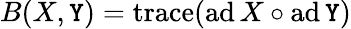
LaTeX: B(X,\mathtt{Y})=\operatorname{trace}(\operatorname{ad}X\circ\operatorname{ad}\mathtt{Y})